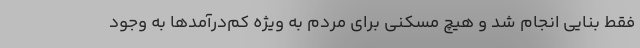
فقط بنایی انجام شد و هیچ مسکنی برای مردم به ویژه کم‌درآمدها به وجود